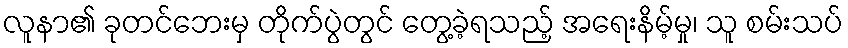
လူနာ၏ ခုတင်ဘေးမှ တိုက်ပွဲတွင် တွေ့ခဲ့ရသည့် အရေးနိမ့်မှု၊ သူ စမ်းသပ်